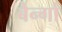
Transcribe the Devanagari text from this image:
बैर्न्गा